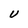
Character: U